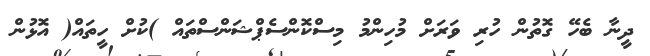
ދީނާ ބެހޭ ގޮތުން ހުރި ވަރަށް މުހިންމު މިސްކޮންސެޕްޝަންސްތައް )ކުށް ހީތައް( އޮޅުން